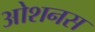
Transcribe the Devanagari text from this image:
ओशनस